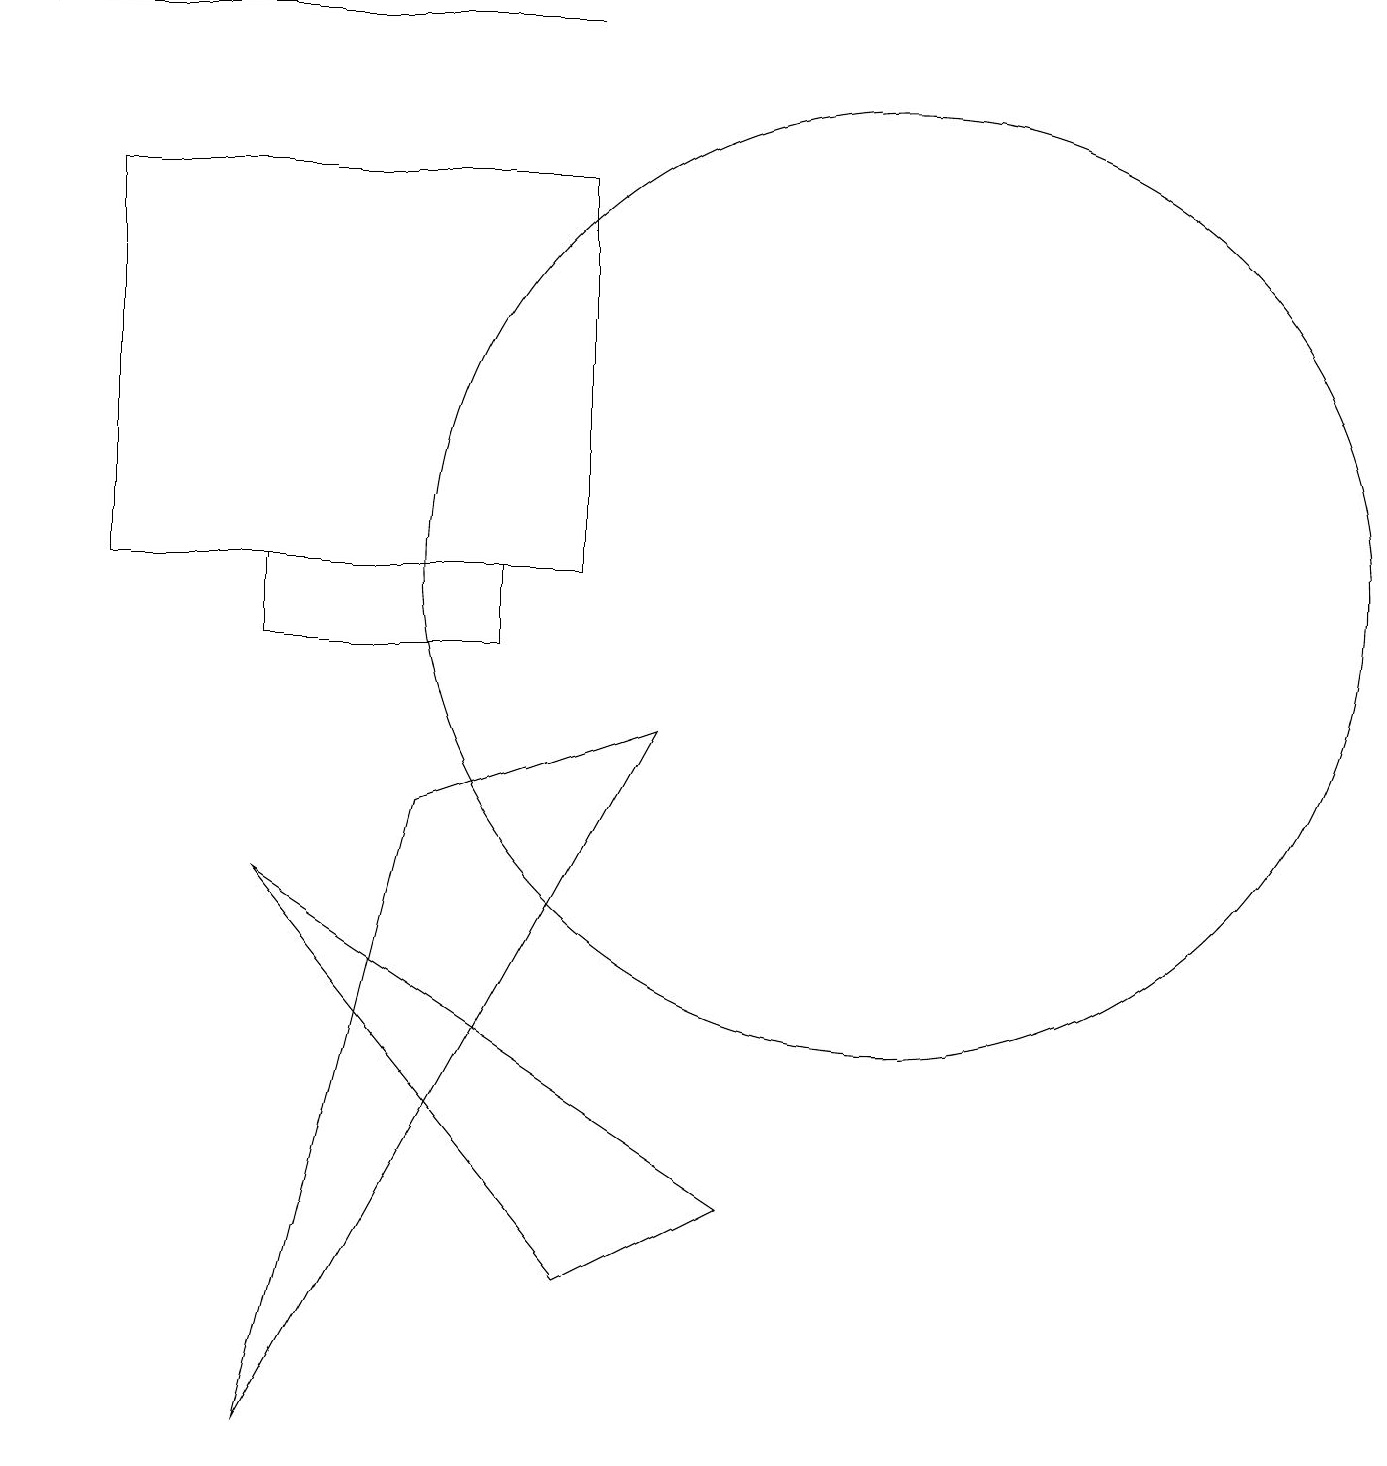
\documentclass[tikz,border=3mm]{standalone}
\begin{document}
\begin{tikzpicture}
\draw (11,11) circle (6);
\draw[->] (7,18) -- (0,18);
\draw (5,8) -- (3,0) -- (8,9) -- cycle;
\draw (3,7) -- (9,3) -- (7,2) -- cycle;
\draw (6,10) rectangle (3,11);
\draw (7,16) rectangle (1,11);
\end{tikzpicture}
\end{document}